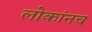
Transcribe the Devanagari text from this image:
लोकांनच